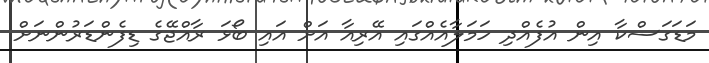
މަޑަގަސްކާ އިން އުފެއްދި ހަމަލާއެއްގައި އޭރިއާ އަށް އައި ބޯޅަ ރާއްޖޭގެ ޑިފެންޑަރުންނަށް